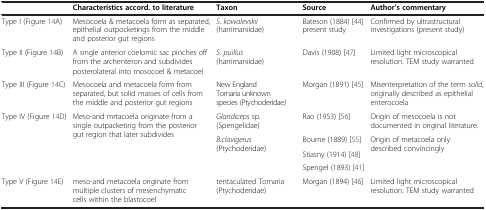
<table><thead><tr><td><b> </b></td><td><b>Characteristics accord. to literature</b></td><td><b>Taxon</b></td><td><b>Source</b></td><td><b>Author’s commentary</b></td></tr></thead><tbody><tr><td>Type I (Figure 14A)</td><td>Mesocoela &amp; metacoela form as separated, epithelial outpocketings from the middle and posterior gut regions</td><td><i>S. kowalevskii</i> (harrimaniidae)</td><td>Bateson (1884)[44] present study</td><td>Confirmed by ultrastructural investigations (present study)</td></tr><tr><td>Type II (Figure 14B)</td><td>A single anterior coelomic sac pinches off from the archenteron and subdivides posterolateral into mosocoel &amp; metacoel</td><td><i>S. puillus</i> (harrimaniidae)</td><td>Davis (1908)[47]</td><td>Limited light microscopical resolution. TEM study warranted</td></tr><tr><td>Type III (Figure 14C)</td><td>Mesocoela and metacoela form from separated, but solid masses of cells from the middle and posterior gut regions</td><td>New England Tornaria unknown species (Ptychoderidae<i>)</i></td><td>Morgan (1891)[45]</td><td>Misenterpretation of the term <i>solid</i>, originally described as epithelial enterocoela</td></tr><tr><td rowspan="4">Type IV (Figure 14D)</td><td rowspan="4">Meso-and mrtacoela originate from a single outpacketing from the posterior gut region that later subdivides</td><td><i>Glandiceps</i> sp. (Spengelidae)</td><td>Rao (1953)[56]</td><td>Origin of mesocoela is not documented in original literature.</td></tr><tr><td rowspan="3"><i>B.clavigerus</i> (Ptychoderidae)</td><td>Bourne (1889)[55]</td><td rowspan="3">Origin of metacoela only described convincingly</td></tr><tr><td>Stiasny (1914)[48]</td></tr><tr><td>Spengel (1893)[41]</td></tr><tr><td>Type V (Figure 14E)</td><td>meso-and metacoela originate from multiple clusters of mesenchymatic cells within the blastocoel</td><td>tentaculated Tornaria (Ptychoderidae)</td><td>Morgan (1894)[46]</td><td>Limited light microscopical resolution. TEM study warranted</td></tr></tbody></table>